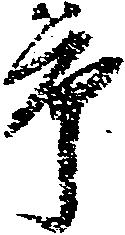
市